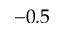
- 0 . 5